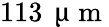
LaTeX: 113\, \mathrm{~\textmu~m~}